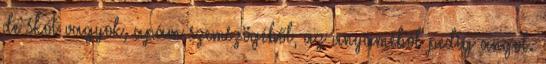
de skót vagyok, apám szemszögéből, az anyáméból pedig angol.